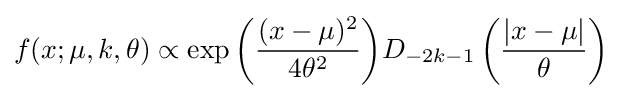
f(x;\mu ,k,\theta )\propto \exp {\left({\frac {(x-\mu )^{2}}{4\theta ^{2}}}\right)}D_{-2k-1}\left({\frac {|x-\mu |}{\theta }}\right)